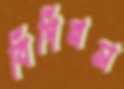
বিগিনস